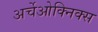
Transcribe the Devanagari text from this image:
अर्चेओक्निक्स